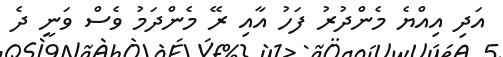
އަދި އިއްޔެ މެންދުރު ފަހު އާއި ރޭ މެންދަމު ވެސް ވަނީ ދެ